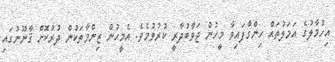
އިހުމާލުގެ އަމަލުތައް ހިންގާފައިވާ މީހުން ޖަވާބުދާރީ ކުރުވުމެވެ. އެމީހުން ޒިންމާތަކުން ދުރުކޮށް ޤާނޫނުގައި